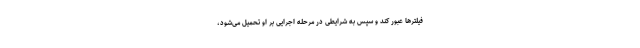
فیلترها عبور کند و سپس به شرایطی در مرحله اجرایی بر او تحمیل می‌شود،